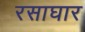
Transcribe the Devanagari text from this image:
रसाघार